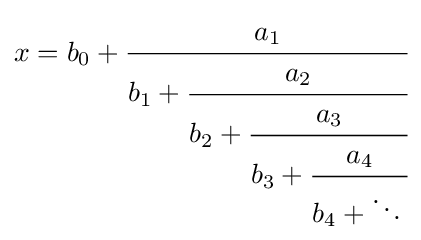
x=b_{0}+{\cfrac {a_{1}}{b_{1}+{\cfrac {a_{2}}{b_{2}+{\cfrac {a_{3}}{b_{3}+{\cfrac {a_{4}}{b_{4}+\ddots \,}}}}}}}}